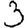
Digit: 3